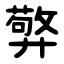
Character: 㢣